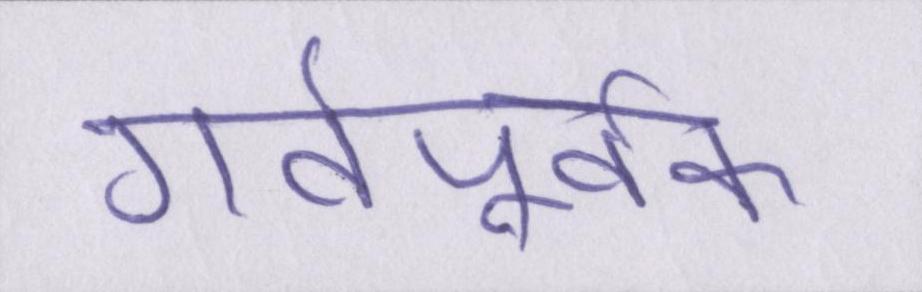
गर्वपूर्वक